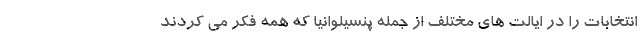
انتخابات را در ایالت های مختلف از جمله پنسیلوانیا که همه فکر می کردند